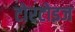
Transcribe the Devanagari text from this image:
टोरटोइज